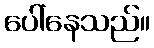
ပေါ်နေသည်။